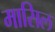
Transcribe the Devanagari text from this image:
मासिल